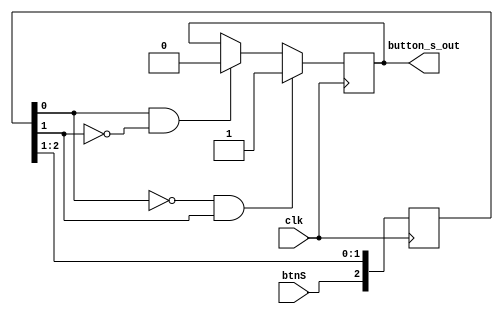
module debouncer( btnS, clk, button_s_out); 

input btnS, clk;
output reg button_s_out;

reg [2:0] step_d; //= 3'b000;

always @ (posedge clk) begin
	if(~step_d[0] & step_d[1])begin
		button_s_out=1'b1;
	end
	else if (step_d[0] & ~step_d[1])begin
		button_s_out=1'b0;
	end
          
	step_d[2:0]  <= {btnS, step_d[2:1]};
end

endmodule